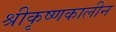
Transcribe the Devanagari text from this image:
श्रीकृष्णकालीन